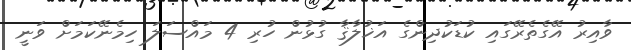
ވާއިރު އޭގެތެރޭގައި ކުޑަކުދިންގެ އަޚުލާޤާ ގުޅުން ހުރި 4 މައްސަލަ ހިމެނޭކަމަށް ވަނީ